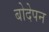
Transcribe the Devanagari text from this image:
बोदेपन